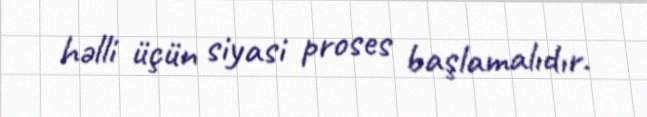
həlli üçün siyasi proses başlamalıdır.